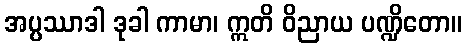
အပ္ပဿာဒါ ဒုခါ ကာမာ၊ ဣတိ ဝိညာယ ပဏ္ဍိတော။